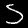
Label: 5